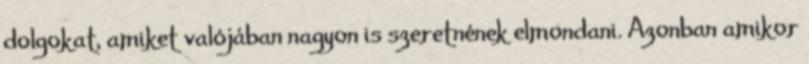
dolgokat, amiket valójában nagyon is szeretnének elmondani. Azonban amikor